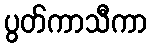
ပွတ်ကာသီကာ